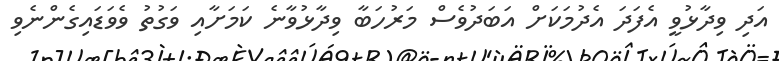
އަދި ވިދާޅުވީ އެފަދަ އެދުމަކަށް އަބަދުވެސް މަރުހަބާ ވިދާޅުވާނެ ކަމަށާއި ވަގުތު ވެވަޑައިގެންނެވި